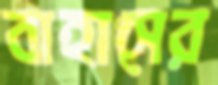
বাহাসের